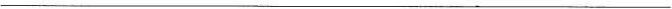
___